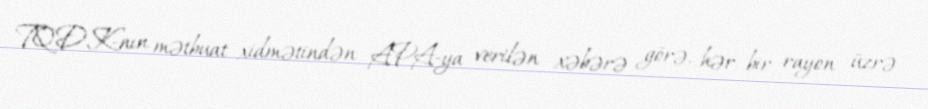
TQDK-nın mətbuat xidmətindən APA-ya verilən xəbərə görə, hər bir rayon üzrə